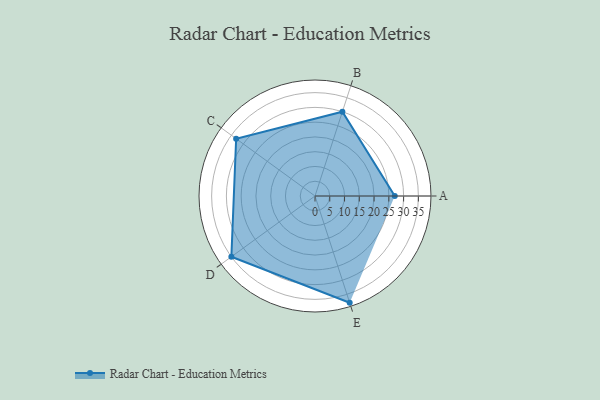
{"axis": {"x": "Skill", "y": "Score"}, "legend": ["Profile"], "data": [{"x": "A", "y": 27.0, "type": "Profile"}, {"x": "B", "y": 30.0, "type": "Profile"}, {"x": "C", "y": 33.0, "type": "Profile"}, {"x": "D", "y": 35.0, "type": "Profile"}, {"x": "E", "y": 38.0, "type": "Profile"}]}